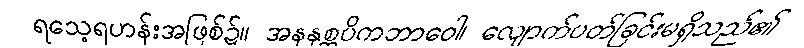
ရသေ့ရဟန်းအဖြစ်၌။ အနနုစ္ဆပိကဘာဝေါ၊ လျောက်ပတ်ခြင်းမရှိသည်၏